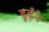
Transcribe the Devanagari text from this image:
ढूढ़ँने